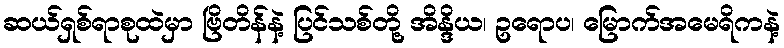
ဆယ်ရှစ်ရာစုထဲမှာ ဗြိတိန်နဲ့ ပြင်သစ်တို့ အိန္ဒိယ၊ ဥရောပ၊ မြောက်အမေရိကနဲ့